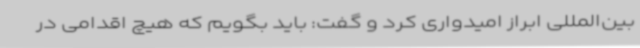
بین‌المللی ابراز امیدواری کرد و گفت: باید بگویم که هیچ اقدامی در